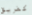
كفريق